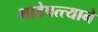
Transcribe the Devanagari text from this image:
भाडेपत्त्याने